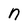
Character: n